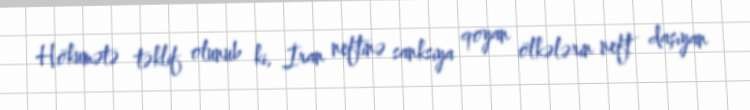
Hökumətə təklif olunub ki, İran neftinə sanksiya qoyan ölkələrin neft daşıyan